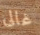
غالى